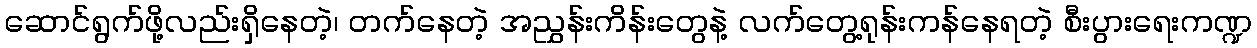
ဆောင်ရွက်ဖို့လည်းရှိနေတဲ့၊ တက်နေတဲ့ အညွှန်းကိန်းတွေနဲ့ လက်တွေ့ရုန်းကန်နေရတဲ့ စီးပွားရေးကဏ္ဍ